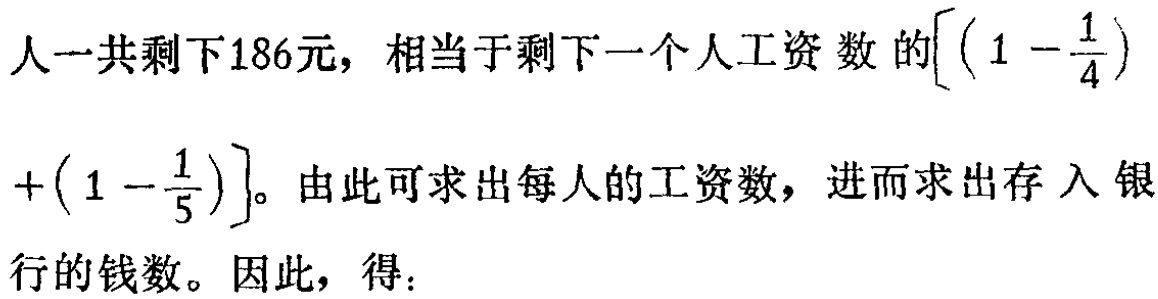
人一共剩下186元，相当于剩下一个人工资数的\(\left[\left(1 - \frac{1}{4}\right)+\left(1 - \frac{1}{5}\right)\right]\)。由此可求出每人的工资数，进而求出存入银行的钱数。因此，得：